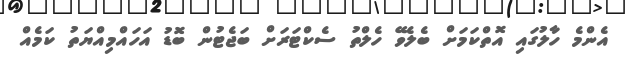
އެންމެ ހާލުގައި އޮތްކަމަށް ބެލެވޭ ހެލްތު ސެކްޓަރަށް ބަޖެޓުން ބޮޑު އަހައްމިއްޔަތު ކަމެއް